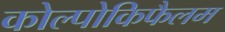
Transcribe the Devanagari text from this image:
कोल्पोकिफैलम